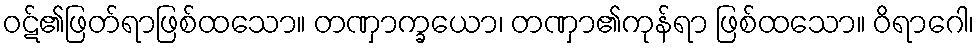
ဝဋ်၏ဖြတ်ရာဖြစ်ထသော။ တဏှာက္ခယော၊ တဏှာ၏ကုန်ရာ ဖြစ်ထသော။ ဝိရာဂေါ၊